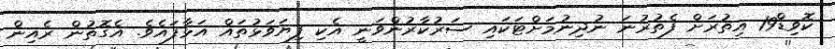
ކޮވިޑް19 އިތުރަށް ފެތުރުނަ ނުދިނުމަށްޓަކައި ސަރުކާރުންވަނީ އެކި ފިޔަވަޅުތައް އަޅާފައެވެ. އެގޮތުން ރެއިން